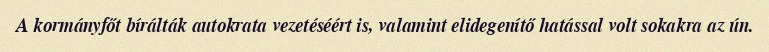
A kormányfőt bírálták autokrata vezetéséért is, valamint elidegenítő hatással volt sokakra az ún.